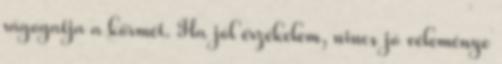
rágogatja a körmét. Ha jól érzékelem, nincs jó véleménye